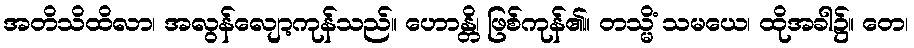
အတိသိထိလာ၊ အလွန်လျော့ကုန်သည်။ ဟောန္တိ၊ ဖြစ်ကုန်၏။ တသ္မိံ သမယေ၊ ထိုအခါ၌။ တေ၊